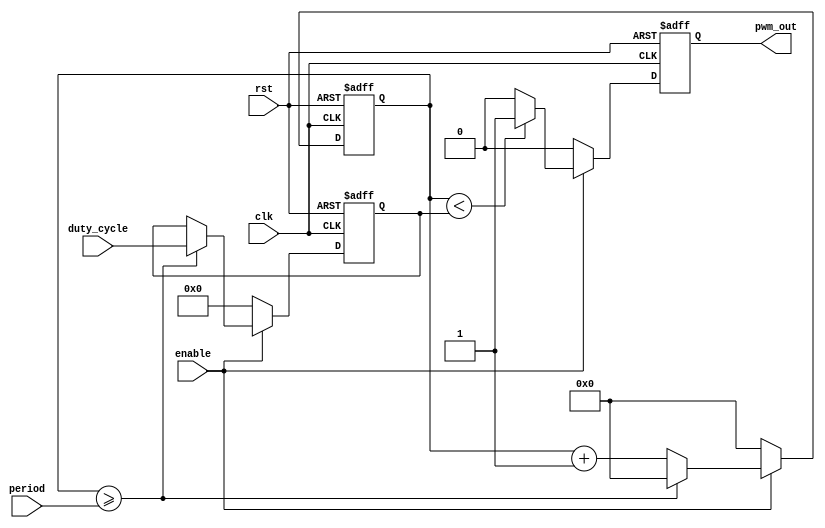
module pwm_timer (
    input wire clk,
    input wire rst,
    input wire enable,
    input wire [7:0] duty_cycle,
    input wire [15:0] period,
    output reg pwm_out
);

reg [15:0] counter;
reg [7:0] comparator;

always @(posedge clk or posedge rst) begin
    if (rst) begin
        counter <= 16'b0;
        comparator <= 8'b0;
        pwm_out <= 1'b0;
    end else begin
        if (enable) begin
            counter <= counter + 1;
            if (counter >= period) begin
                counter <= 0;
                comparator <= duty_cycle;
            end
            
            if (counter < comparator) begin
                pwm_out <= 1'b1;
            end else begin
                pwm_out <= 1'b0;
            end
        end else begin
            counter <= 16'b0;
            comparator <= 8'b0;
            pwm_out <= 1'b0;
        end
    end
end

endmodule